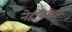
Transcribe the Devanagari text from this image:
नेहविझ्दी